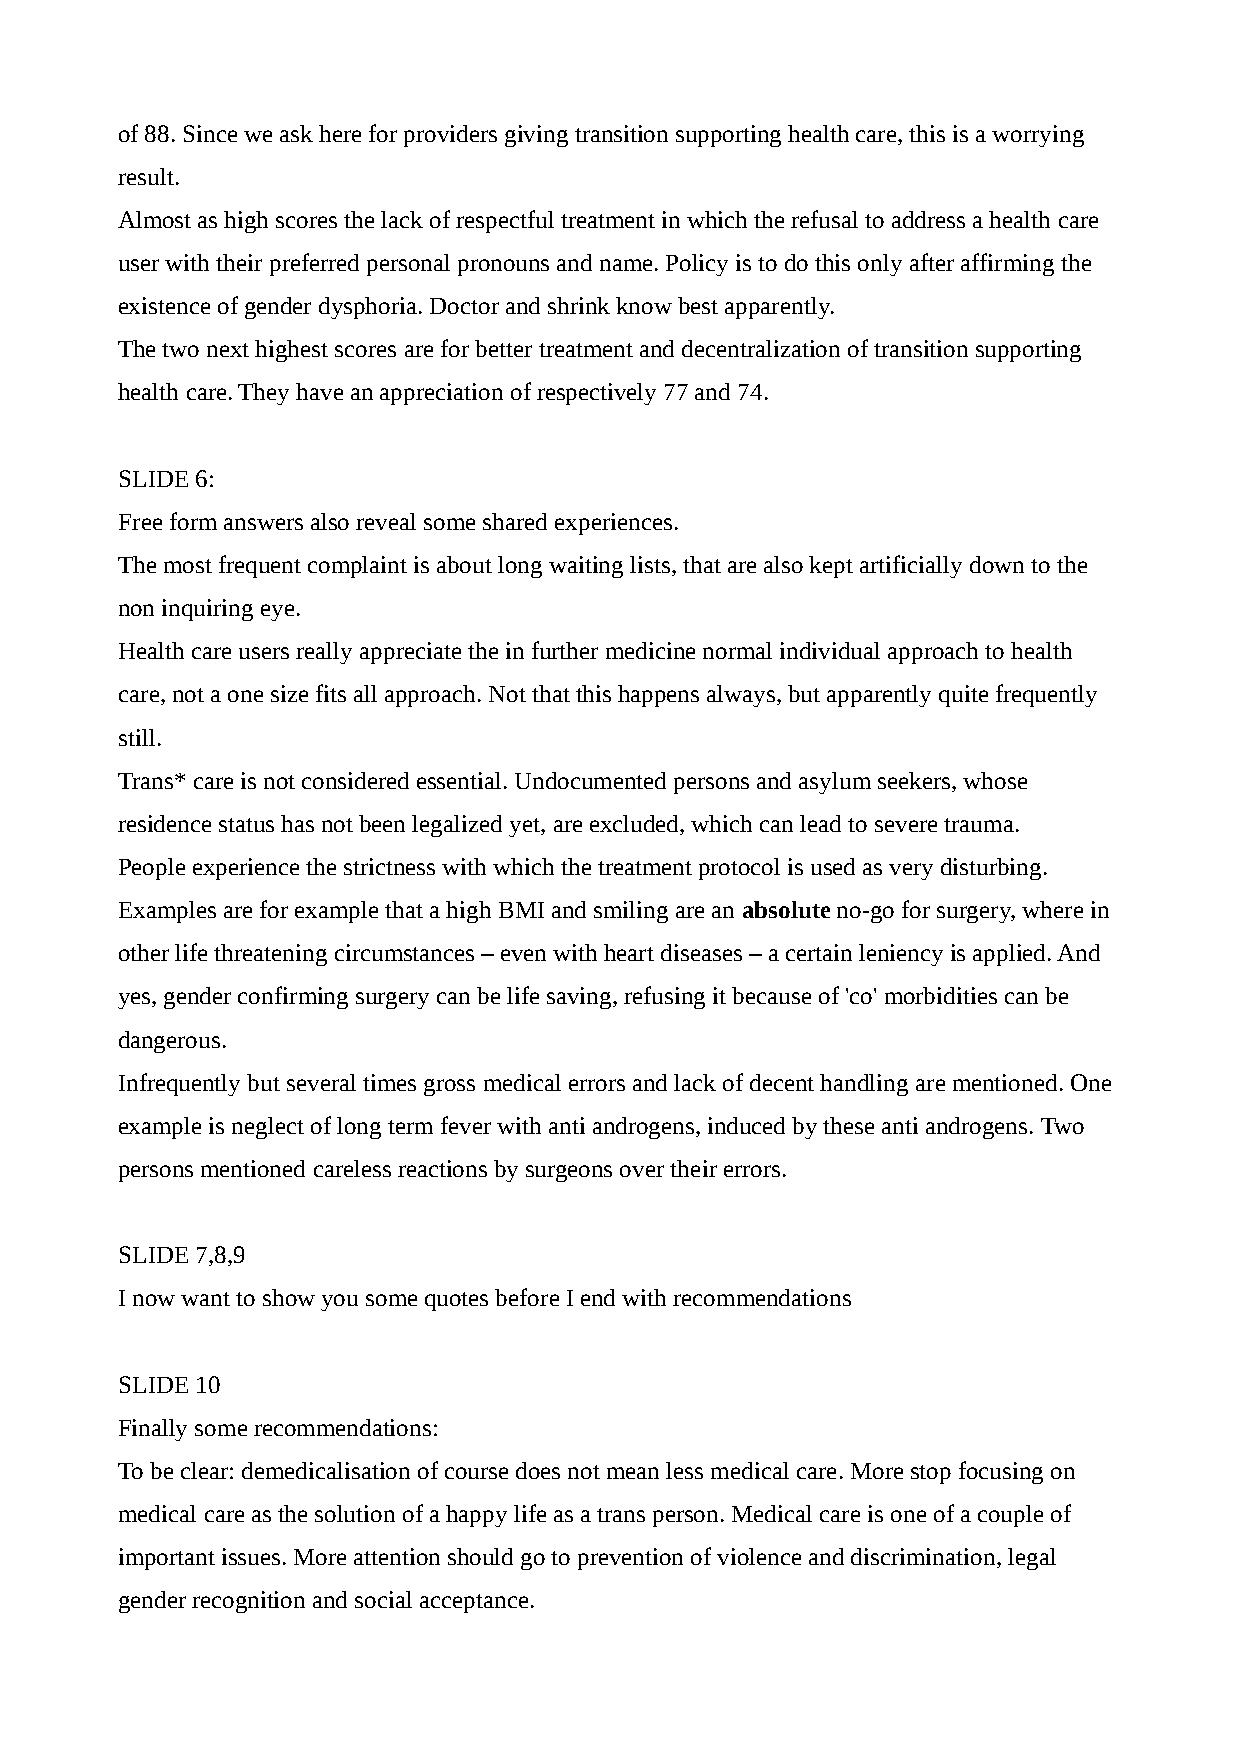
of 88. Since we ask here for providers giving transition supporting health care, this is a worrying
 result.
 Almost as high scores the lack of respectful treatment in which the refusal to address a health care
 user with their preferred personal pronouns and name. Policy is to do this only after affirming the
 existence of gender dysphoria. Doctor and shrink know best apparently.
 The two next highest scores are for better treatment and decentralization of transition supporting
 health care. They have an appreciation of respectively 77 and 74.
 SLIDE 6:
 Free form answers also reveal some shared experiences.
 The most frequent complaint is about long waiting lists, that are also kept artificially down to the
 non inquiring eye.
 Health care users really appreciate the in further medicine normal individual approach to health
 care, not a one size fits all approach. Not that this happens always, but apparently quite frequently
 still.
 Trans* care is not considered essential. Undocumented persons and asylum seekers, whose
 residence status has not been legalized yet, are excluded, which can lead to severe trauma.
 People experience the strictness with which the treatment protocol is used as very disturbing.
 Examples are for example that a high BMI and smiling are an absolute no-go for surgery, where in
 other life threatening circumstances – even with heart diseases – a certain leniency is applied. And
 yes, gender confirming surgery can be life saving, refusing it because of 'co' morbidities can be
 dangerous.
 Infrequently but several times gross medical errors and lack of decent handling are mentioned. One
 example is neglect of long term fever with anti androgens, induced by these anti androgens. Two
 persons mentioned careless reactions by surgeons over their errors.
 SLIDE 7,8,9
 I now want to show you some quotes before I end with recommendations
 SLIDE 10
 Finally some recommendations:
 To be clear: demedicalisation of course does not mean less medical care. More stop focusing on
 medical care as the solution of a happy life as a trans person. Medical care is one of a couple of
 important issues. More attention should go to prevention of violence and discrimination, legal
 gender recognition and social acceptance.